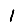
Digit: 1